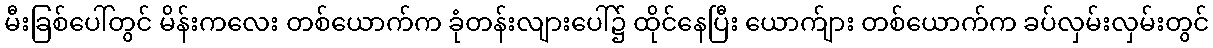
မီးခြစ်ပေါ်တွင် မိန်းကလေး တစ်ယောက်က ခုံတန်းလျားပေါ်၌ ထိုင်နေပြီး ယောက်ျား တစ်ယောက်က ခပ်လှမ်းလှမ်းတွင်